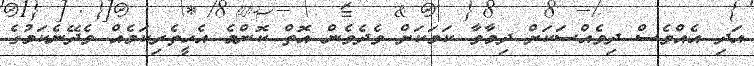
އަދި އެއްވެސް ދިވެއްސަކަށް ދިމާވާ ކަމަކަށް ވެދެވެން އޮތް ކޮންމެ އެހީތެރިކަމެއް ވެދޭނެކަމުގެ